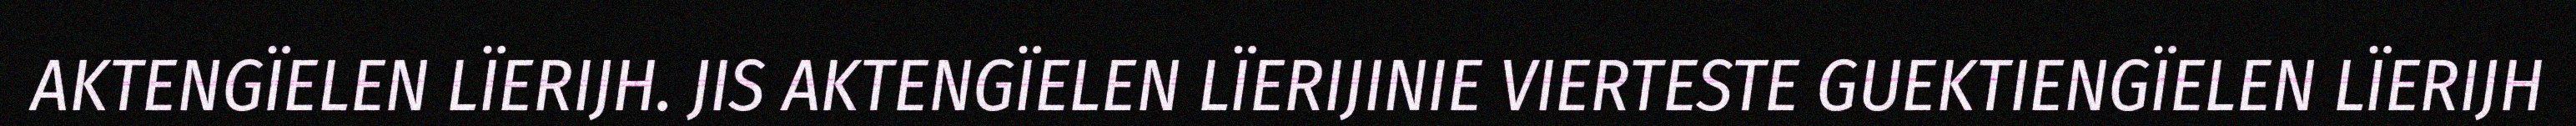
AKTENGÏELEN LÏERIJH. JIS AKTENGÏELEN LÏERIJINIE VIERTESTE GUEKTIENGÏELEN LÏERIJH